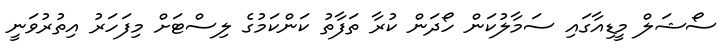
ސޯޝަލް މީޑިއާގައި ސަމާލުކަން ހޯދަން ކުރާ ތަފާތު ކަންކަމުގެ ލިސްޓަށް މިފަހަރު އިތުރުވަނީ